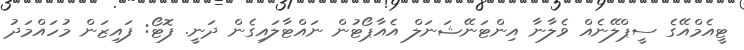
ޓީއެމްއޭގެ ސީޕްލޭނެއް ވެލާނާ އިންޓަނޭޝަނަލް އެއާޕޯޓުން ނައްޓާލައިގެން ދަނީ. ފޮޓޯ: ފައިޒަން މުހައްމަދު